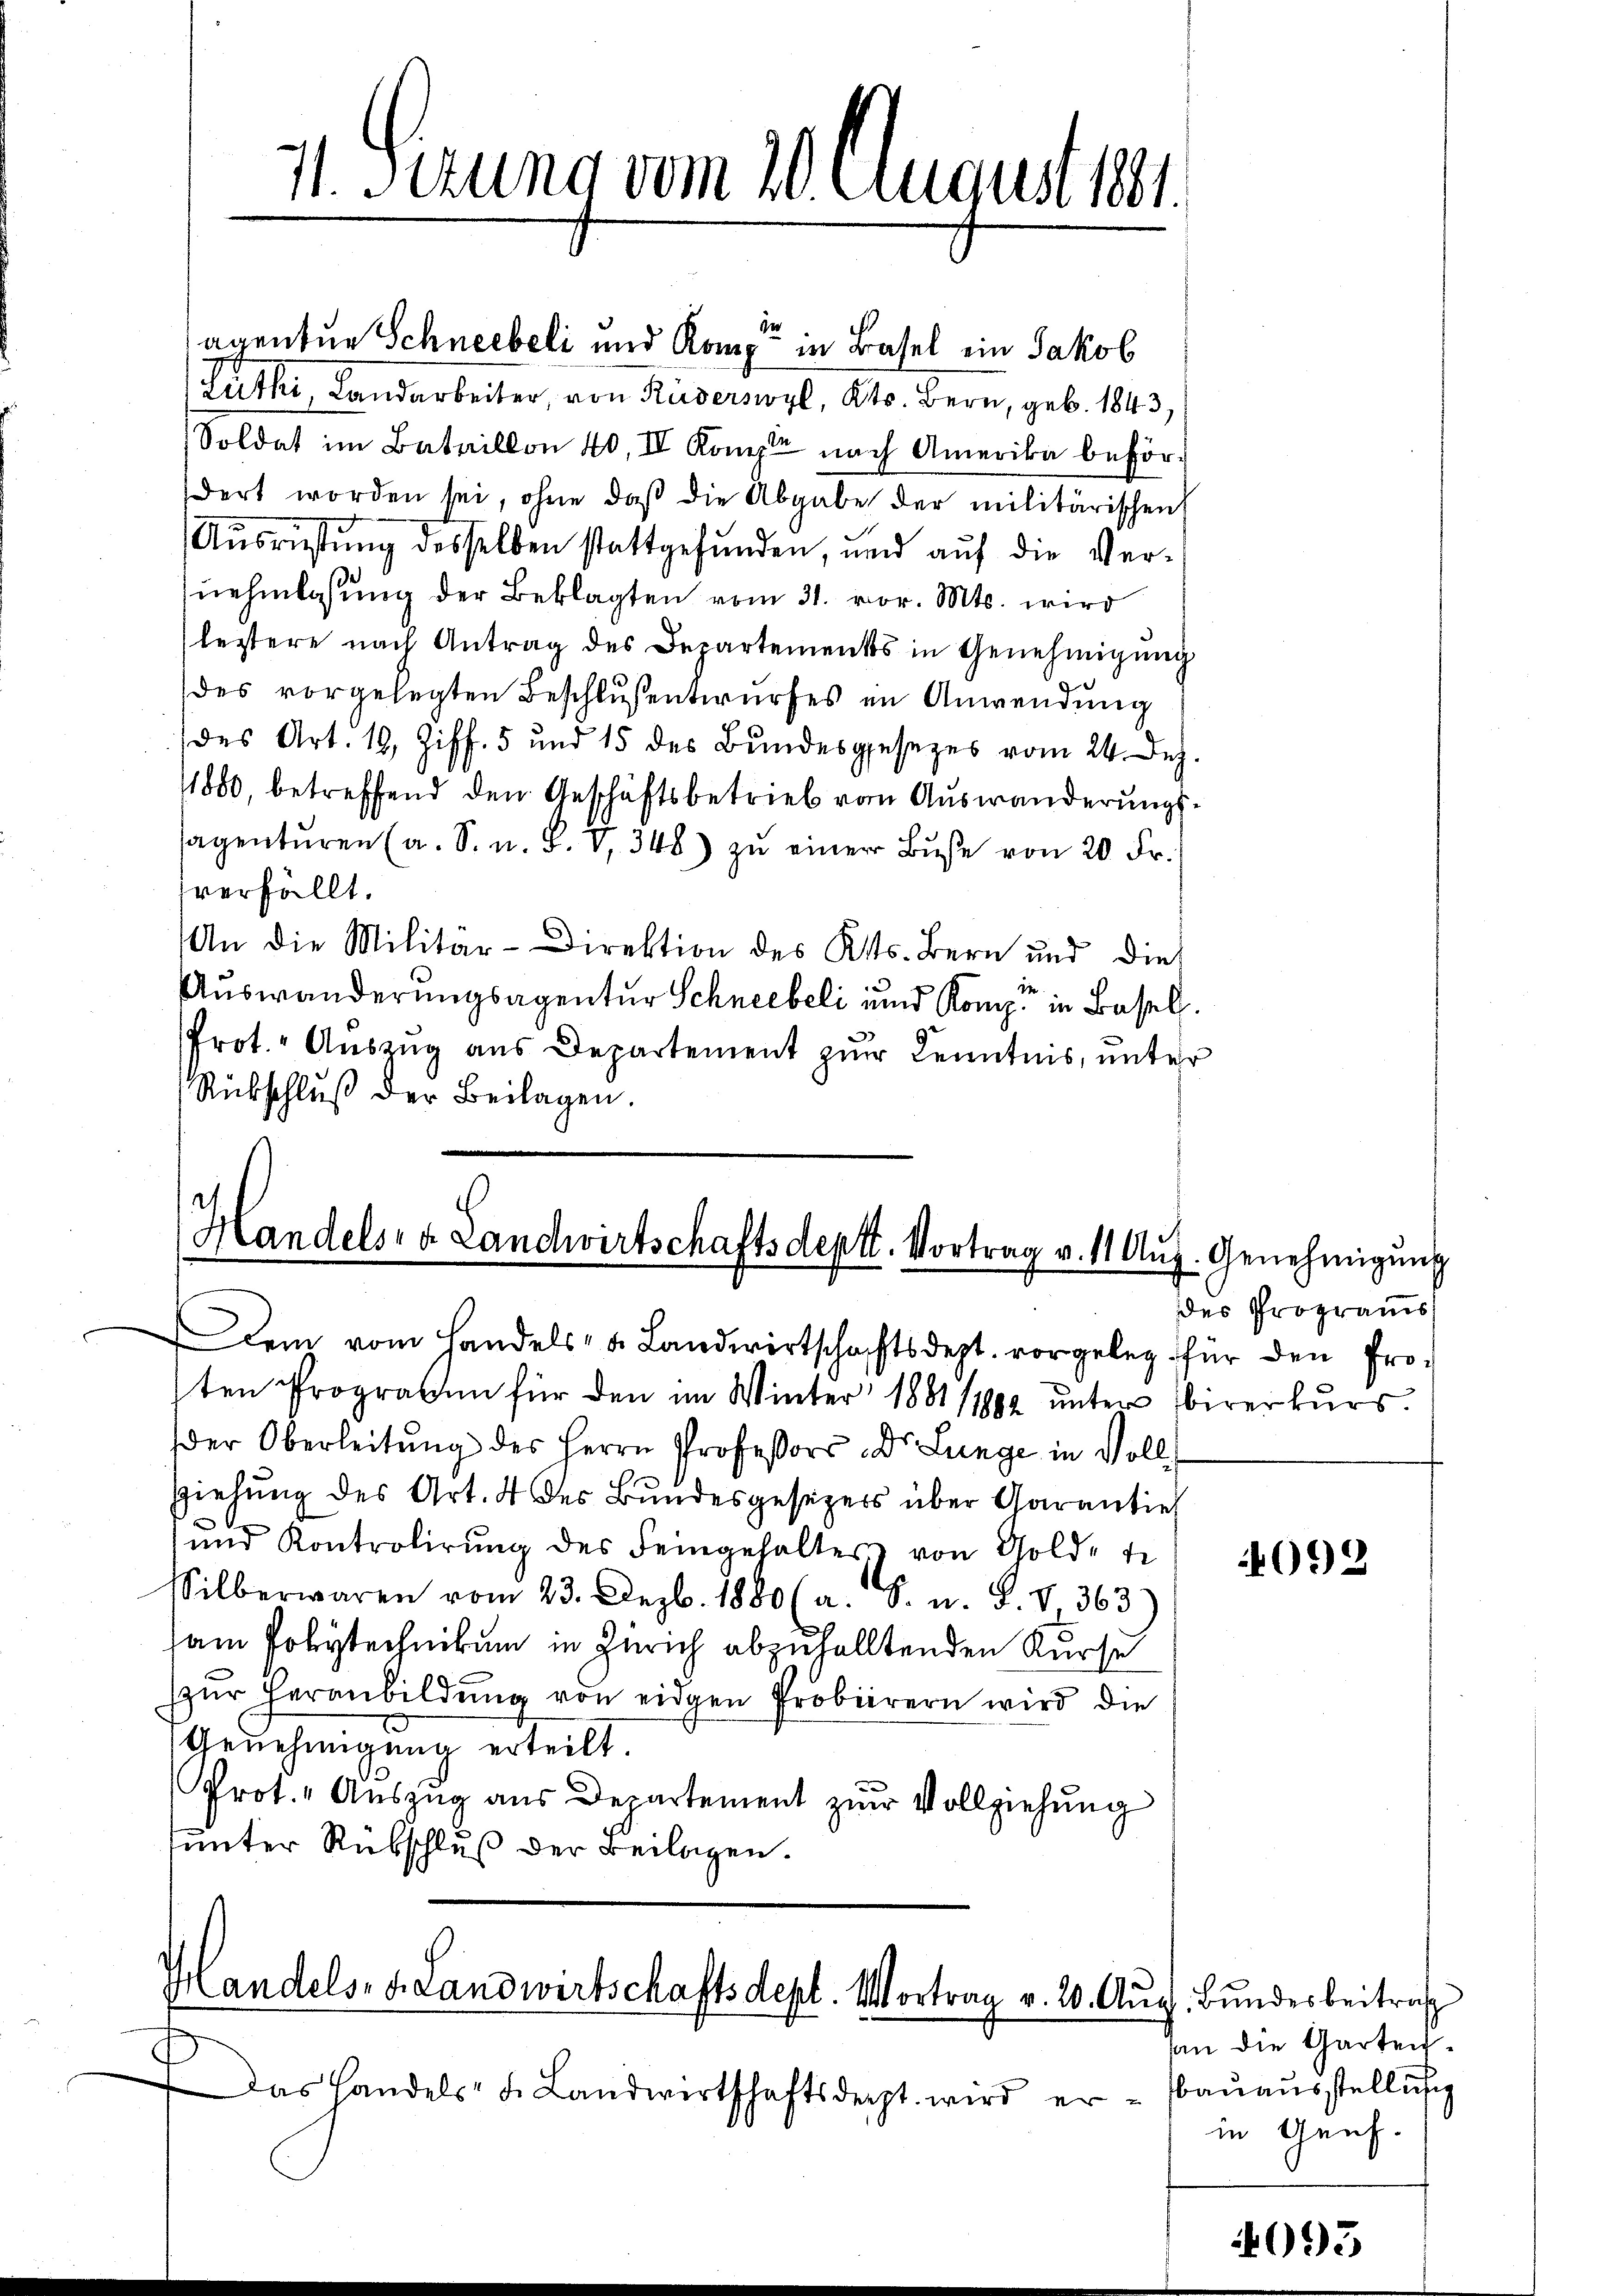
11. Serung vom 20. August 181.

der
agentur Schneebeli und Komp in Basel ein Jakob
Luther Landarbeiter, von Ruderswyl, Kts. Bern, geb. 1843,
Soldat im Bataillon 40, IV Kompte nach Amerika befördert worden sei, ohne daß die Abgabe der militärischen
Ausrüstung desselben stattgefunden, und aŭf die Ver-
uehmlassung der Beklagten vom 31. vor. Mts. wird
lestere nach Antrag des Departements in Genehmigung
des vorgelegten Beschlussentwurfes in Anwendung
(des Art. 19, Ziff. 5 und 15 des Bundesgesezes vom 24. Dez.
11880, betreffend den Geschäftsbetrieb vom Auswanderungslagentŭren (a. S. n. F. V. 348) zŭ einer Bŭβe von 20 Fr.
fverfällt.
An die Militär-Direktion des Kts. Bern und die
Auswanderungsagentur Schneebeli und Komp in Basel
Prot. Auszug aus Departement zur Kenntnis, unter
Rückschluß der Beilagen.

Handels- & Landwirtschaftsdeptt. Vortrag v. 11. Aug. Genehmigung
Dem vom Handels- u. Landwirtschachtsdept. vorgeleg für den Prosten Prograben für den im Winter 1881/1892 unter irerkurs.

der Oberleitung des Herrn Professors Dr. Lunge in Voll¬
Ziehŭng des Art. 4 des Bundesgesezers über Garantiel
ŭnd Kontrolirŭng des Feingehalter von Golde di
silberwaren vom 23. Dezbr. 1880 (a. S. n. F. V 363)
sam folytechnikum in Zürich abzufalltenden Kurse
zŭr Heranbildŭng von eidgen Probierern wird die
Genehmigung erteilt.
Prot. Auszug aus Departement zur Vollziehung
tunter Rübschluß der Beilagen.

Handels- u. Landwirtschaftsdept. Mortrag v. 20. Aŭg. Bundesbeitra

Das Handels- u. Landwirtschaftsdecht wird er-

ddes Programs

4092

an die Garten
bauausstellung
in Genf.

2095